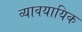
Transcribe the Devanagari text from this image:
व्‍यावयायिक